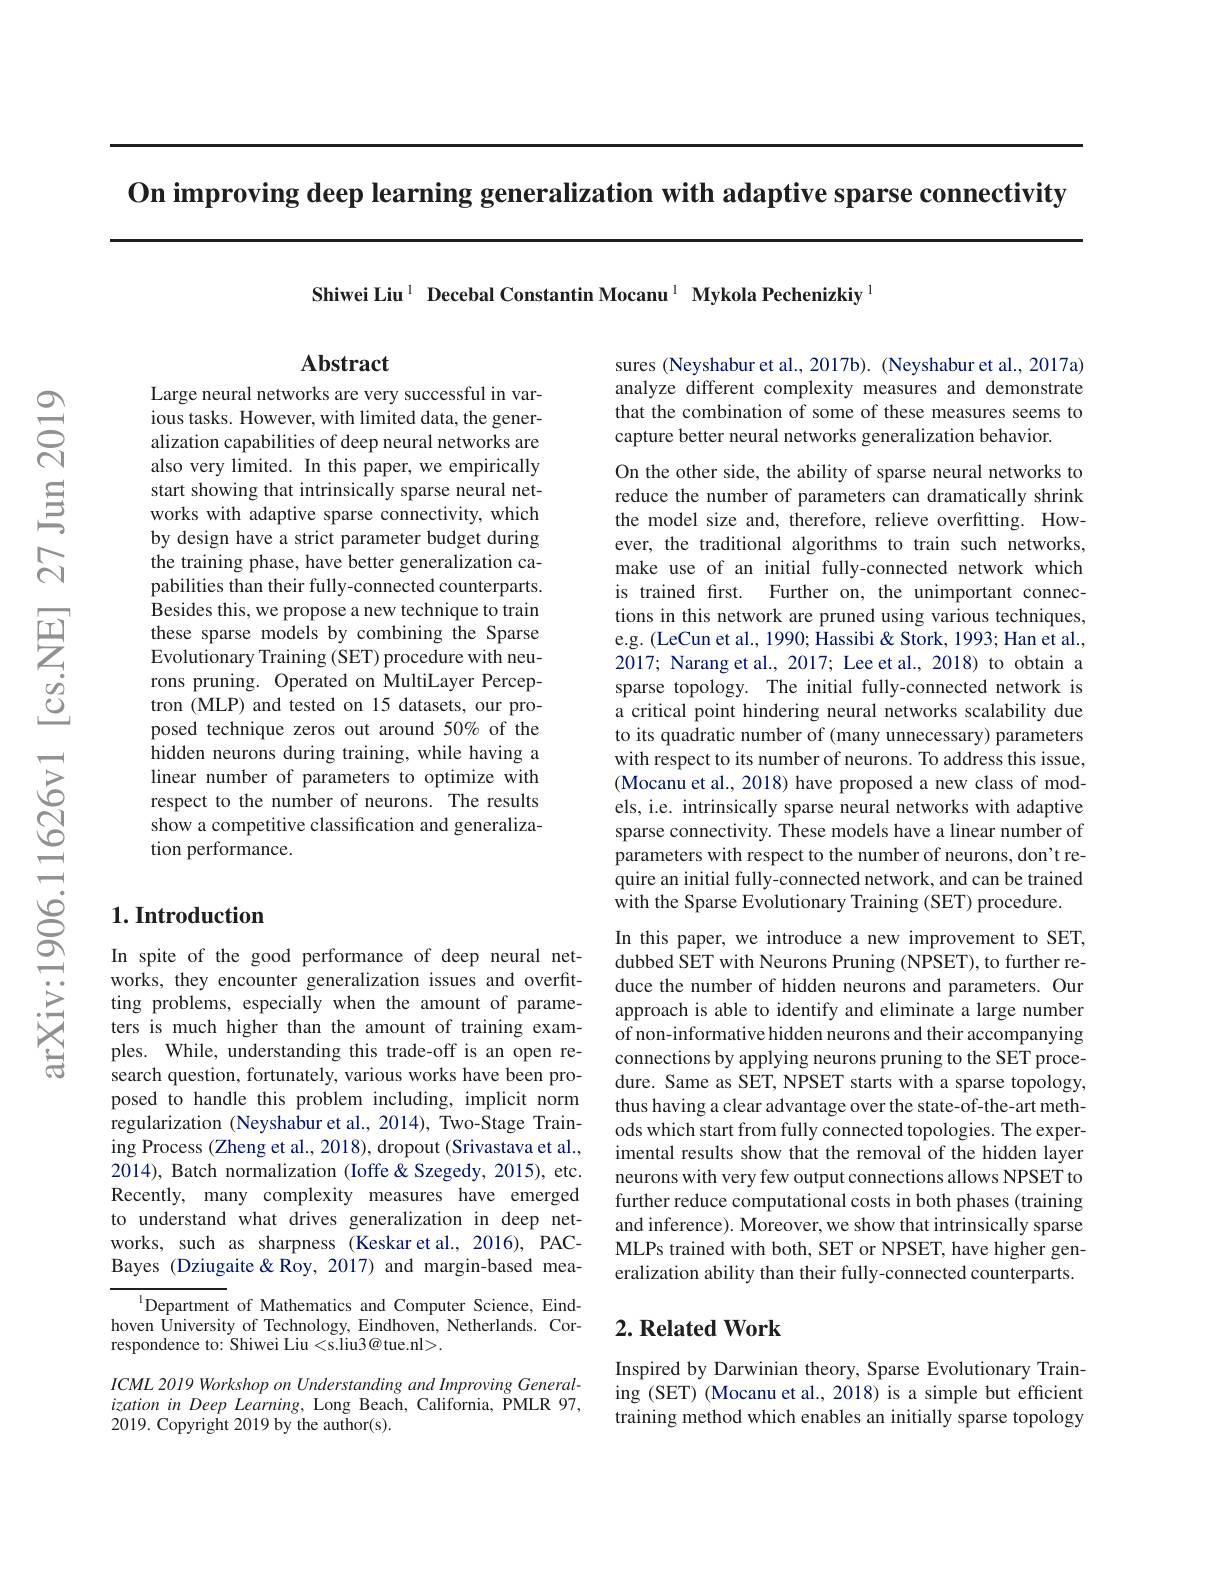
On improving deep learning generalization with adaptive sparse connectivity

Shiwei Liu$^{1}$ Decebal Constantin Mocanu$^{1}$ Mykola Pechenizkiy$^{1}$

## $\mathbf{Abstract}$

Large neural networks are very successful in various tasks. However, with limited data, the generalization capabilities of deep neural networks are also very limited. In this paper, we empirically start showing that intrinsically sparse neural networks with adaptive sparse connectivity, which by design have a strict parameter budget during the training phase, have better generalization capabilities than their fully-connected counterparts. Besides this, we propose a new technique to train these sparse models by combining the Sparse Evolutionary Training (SET) procedure with neurons pruning. Operated on MultiLayer Perceptron (MLP) and tested on 15 datasets, our proposed technique zeros out around 50% of the $\hat{\text{hidden neurons during training,while having a}}$ linear number of parameters to optimize with respect to the number of neurons. The results show a competitive classification and generalization performance.

## $1. \textbf{Introduction}$

In spite of the good performance of deep neural networks, they encounter generalization issues and overfitting problems, especially when the amount of parameters is much higher than the amount of training examples. While, understanding this trade-off is an open research question, fortunately, various works have been proposed to handle this problem including, implicit norm regularization (Neyshabur et al., 2014), Two-Stage Training Process (Zheng et al., 2018), dropout (Srivastava et al., 2014), Batch normalization (Ioffe&Szegedy, 2015), etc. Recently, many complexity measures have emerged to understand what drives generalization in deep networks, such as sharpness (Keskar et al., 2016), PACBayes (Dziugaite&Roy, 2017) and margin-based mea-

$^{\mathrm{l}}$Department of Mathematics and Computer Science, Eindhoven University of Technology, Eindhoven, Netherlands. Correspondence to: Shiwei Liu <s.liu3@tue.nl>.

ICML 2019 Workshop on Understanding and Improving GeneralizationinDeep Learning, Long Beach, California, PMLR 97, $2019.{\mathrm{~Copyright~2019~by~the~author(s).}}$

sures (Neyshabur et al., 2017b). (Neyshabur et al., 2017a) analyze different complexity measures and demonstrate that the combination of some of these measures seems to capture better neural networks generalization behavior.

On the other side, the ability of sparse neural networks to reduce the number of parameters can dramatically shrink the model size and, therefore, relieve overfitting. However, the traditional algorithms to train such networks, make use of an initial fully-connected network which is trained first. Further on, the unimportant connections in this network are pruned using various techniques, e.g. (LeCun et al., 1990; $\hat\text{Hassibi}\&$ Stork, 1993; Han et al., 2017; Narang et al., 2017; Lee et al., 2018) to obtain a sparse topology. The initial fully-connected network is a critical point hindering neural networks scalability due to its quadratic number of (many unnecessary) parameters with respect to its number of neurons. To address this issue, (Mocanu et al., 2018) have proposed a new class of models, i.e. intrinsically sparse neural networks with adaptive sparse connectivity. These models have a linear number of parameters with respect to the number of neurons, don't require an initial fully-connected network, and can be trained with the Sparse Evolutionary Training (SET) procedure.

In this paper, we introduce a new improvement to SET, dubbed SET with Neurons Pruning (NPSET), to further reduce the number of hidden neurons and parameters. Our approach is able to identify and eliminate a large number of non-informative hidden neurons and their accompanying connections by applying neurons pruning to the SET procedure. Same as SET, NPSET starts with a sparse topology, thus having a clear advantage over the state-of-the-art methods which start from fully connected topologies. The experimental results show that the removal of the hidden layer neurons with very few output connections allows NPSET to further reduce computational costs in both phases (training and inference). Moreover, we show that intrinsically sparse MLPs trained with both, SET or NPSET, have higher generalization ability than their fully-connected counterparts.

## $2. \textbf{Related Work}$

Inspired by Darwinian theory, Sparse Evolutionary Training (SET) (Mocanu et al., 2018) is a simple but efficient training method which enables an initially sparse topology